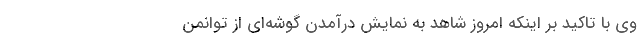
وی با تاکید بر اینکه امروز شاهد به نمایش درآمدن گوشه‌ای از توانمن